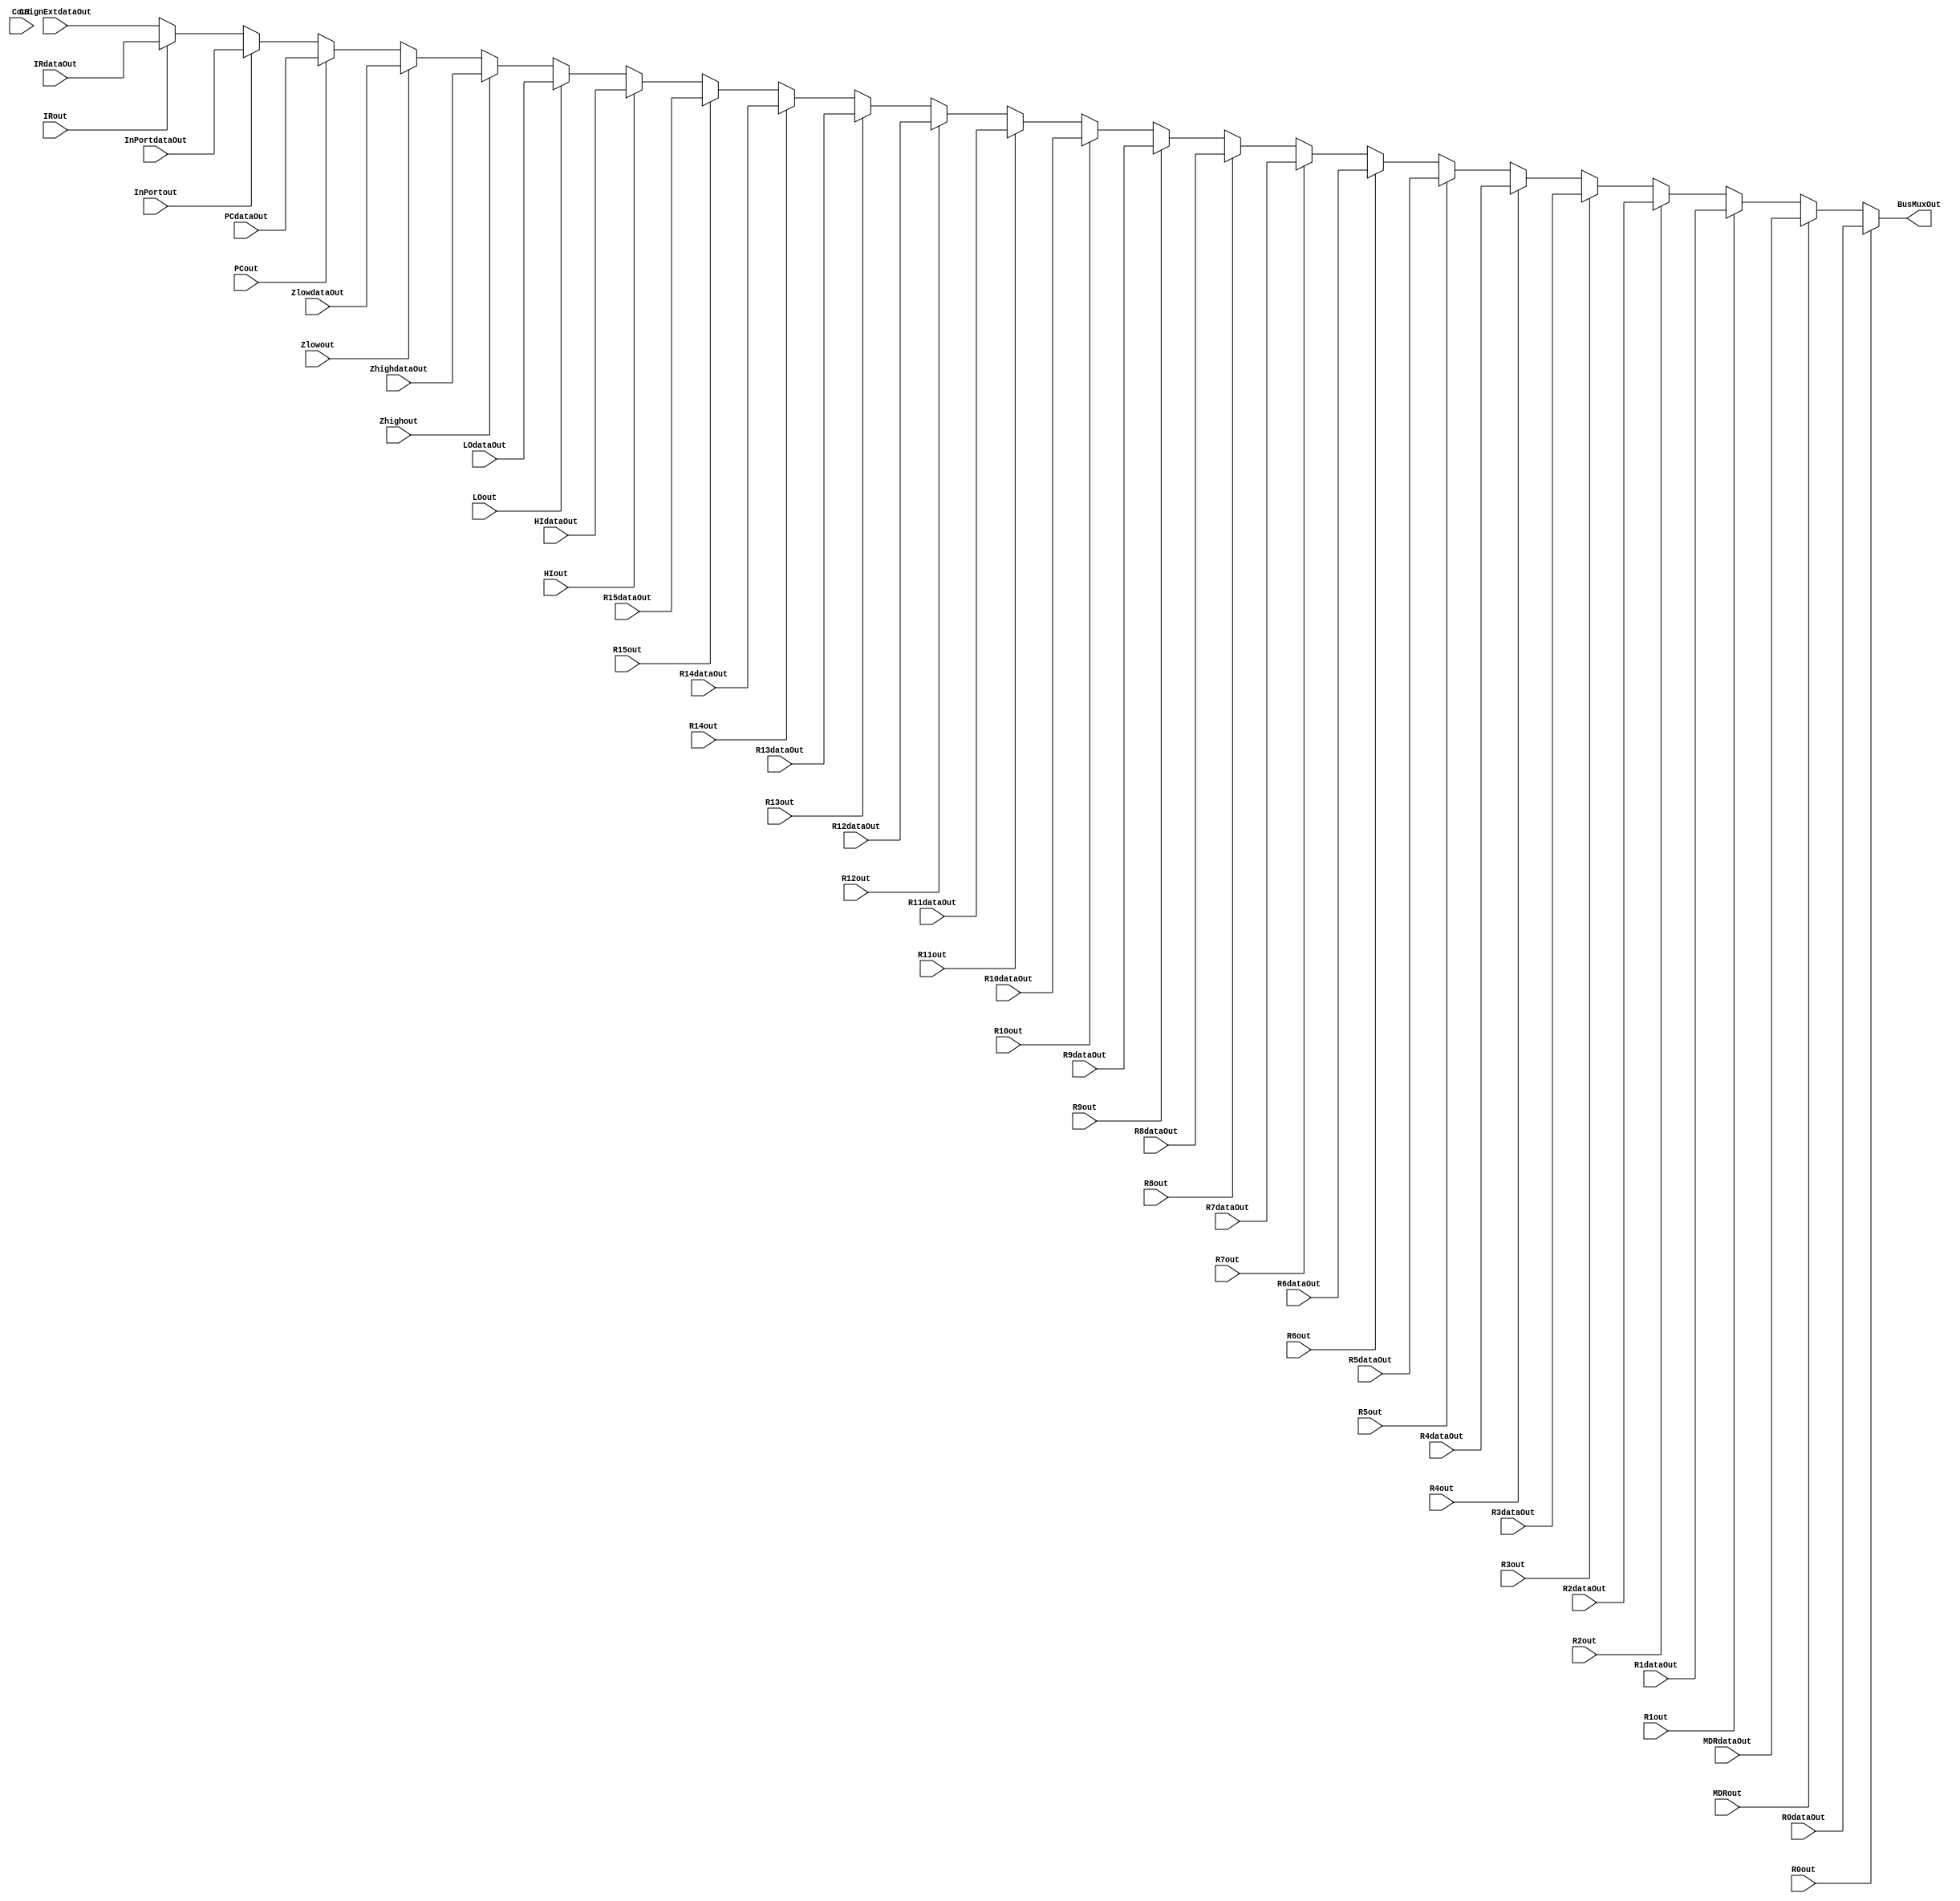
// This program was cloned from: https://github.com/martinmaly21/ELEC374
// License: MIT License

module BUS (
	R0out, 
	R1out,  
	R2out, 
	R3out,  
	R4out, 
	R5out, 
	R6out,
	R7out, 
	R8out, 
	R9out, 
	R10out, 
	R11out, 
	R12out, 
	R13out, 
	R14out,
	R15out, 
	PCout, 
	Zhighout, 
	Zlowout, 
	MDRout, 
	HIout,
	LOout, 
	Cout, 
	InPortout, 
	R0dataOut, 
	R1dataOut,  
	R2dataOut, 
	R3dataOut,
	R4dataOut, 
	R5dataOut, 
	R6dataOut, 
	R7dataOut, 
	R8dataOut, 
	R9dataOut,
	R10dataOut, 
	R11dataOut, 
	R12dataOut, 
	R13dataOut, 
	R14dataOut, 
	R15dataOut,
	PCdataOut, 
	HIdataOut, 
	LOdataOut,  
	ZhighdataOut, 
	ZlowdataOut, 
	MDRdataOut,
	InPortdataOut, 
	CSignExtdataOut, 
	BusMuxOut,
	IRdataOut,
	IRout
);

///all inputs

//select values
//registers
input wire R0out, R1out,  R2out, R3out,  R4out, R5out, R6out, R7out,
R8out, R9out, R10out, R11out, R12out, R13out, R14out, R15out;
//everything else
input wire PCout, Zhighout, Zlowout, MDRout, HIout,
 LOout, Cout, InPortout, IRout;
 
//actaul contents acting as inputs for the bus mux 
//registers 
input wire [31:0] R0dataOut, R1dataOut,  R2dataOut, R3dataOut, R4dataOut,
R5dataOut, R6dataOut, R7dataOut, R8dataOut, R9dataOut, R10dataOut,
R11dataOut, R12dataOut, R13dataOut, R14dataOut, R15dataOut;

//everything else
input wire [31:0] PCdataOut, HIdataOut, LOdataOut,  ZhighdataOut, ZlowdataOut,
 MDRdataOut, InPortdataOut, CSignExtdataOut, IRdataOut;
 
output reg[31:0] BusMuxOut;

//default Cout?
always@(*) begin 

	if(R0out) BusMuxOut = R0dataOut;
	else if (MDRout) BusMuxOut <= MDRdataOut;
	else if (R1out) BusMuxOut <= R1dataOut;
	else if (R2out) BusMuxOut = R2dataOut;
	else if (R3out) BusMuxOut <= R3dataOut;
	else if (R4out) BusMuxOut <= R4dataOut;
	else if (R5out) BusMuxOut = R5dataOut;
	else if (R6out) BusMuxOut = R6dataOut;
	else if (R7out) BusMuxOut <= R7dataOut;
	else if (R8out) BusMuxOut <= R8dataOut;
	else if (R9out) BusMuxOut <= R9dataOut;
	else if (R10out) BusMuxOut <= R10dataOut;
	else if (R11out) BusMuxOut <= R11dataOut;
	else if (R12out) BusMuxOut <= R12dataOut;
	else if (R13out) BusMuxOut <= R13dataOut;
	else if (R14out) BusMuxOut <= R14dataOut;
	else if (R15out) BusMuxOut <= R15dataOut;
	else if (HIout) BusMuxOut <= HIdataOut;
	else if (LOout) BusMuxOut <= LOdataOut;
	else if (Zhighout) BusMuxOut <= ZhighdataOut;
	else if (Zlowout) BusMuxOut <= ZlowdataOut;
	else if (PCout) BusMuxOut <= PCdataOut;
	else if (InPortout) BusMuxOut <= InPortdataOut;
	else if (IRout) BusMuxOut <= IRdataOut;
	else 	  	 			  BusMuxOut <= CSignExtdataOut;
	
end


endmodule